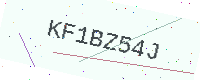
Text: KF1BZ54J